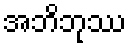
အဘိဘုဿ